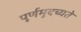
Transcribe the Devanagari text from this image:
पूर्णमुदच्यते